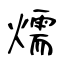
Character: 燸